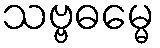
သဗ္ဗဓမ္မေ